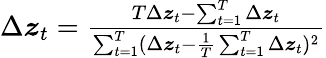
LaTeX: \begin{array}{r}{\Delta\boldsymbol{z}_{t}=\frac{T\Delta\boldsymbol{z}_{t}-\sum_{t=1}^{T}\Delta\boldsymbol{z}_{t}}{\sum_{t=1}^{T}(\Delta\boldsymbol{z}_{t}-\frac{1}{T}\sum_{t=1}^{T}\Delta\boldsymbol{z}_{t})^{2}}}\end{array}